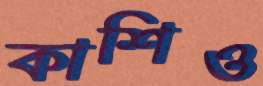
কাশিও